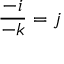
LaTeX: { \frac { - i } { - k } } = j